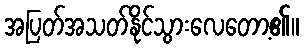
အပြတ်အသတ်နိုင်သွားလေတော့၏။